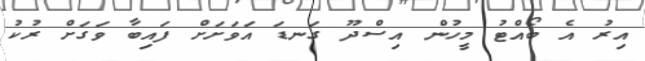
އިރު އެ ބޯއްޓު މީހުން އިސްދޫ ގަނޑަ އަވަށަށް ފައިބާ ވަގަށް ރުކު